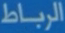
الرباط